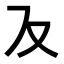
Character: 𭆥